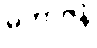
မဟာဇနံ